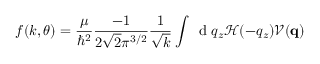
f ( k , \theta ) = \frac { \mu } { \hbar ^ { 2 } } \frac { - 1 } { 2 \sqrt { 2 } \pi ^ { 3 / 2 } } \frac { 1 } { \sqrt { k } } \int \, \mathrm { ~ d ~ } q _ { z } \mathcal { H } ( - q _ { z } ) \mathcal { V } ( \mathbf { q } )